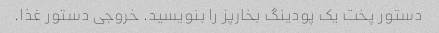
دستور پخت یک پودینگ بخارپز را بنویسید. خروجی دستور غذا.